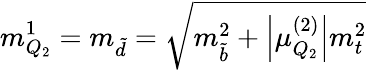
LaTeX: m_{Q_{2}}^{1}=m_{\tilde{d}}=\sqrt{m_{\tilde{b}}^{2}+\left|\mu_{Q_{2}}^{(2)}\right|m_{t}^{2}}